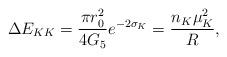
LaTeX: \begin{align*}\Delta E_{KK} = \frac{\pi r_{0}^2}{4 G_{5}} e^{-2\sigma_{K}} = \frac{n_{K}\mu_{K}^2}{R},\end{align*}